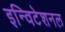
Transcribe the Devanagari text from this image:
इन्विटेशनल